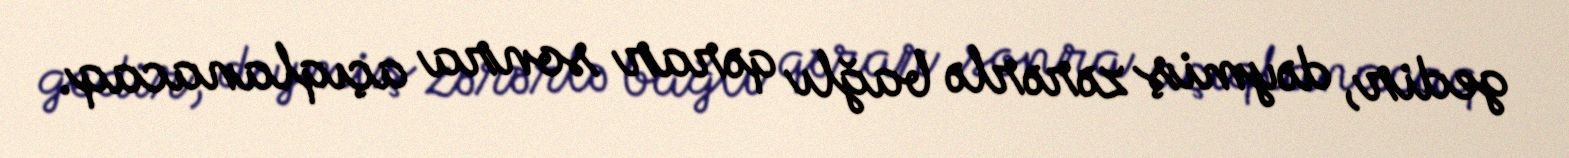
gedir, dəymiş zərərlə bağlı qərar sonra açıqlanacaq.